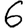
Digit: 6